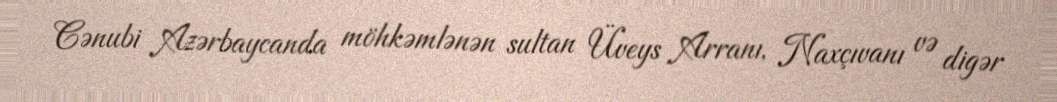
Cənubi Azərbaycanda möhkəmlənən sultan Üveys Arranı, Naxçıvanı və digər